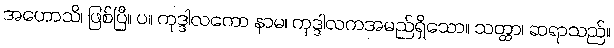
အဟောသိ၊ ဖြစ်ပြီ။ ပ။ ကုဒ္ဒါလကော နာမ၊ ကုဒ္ဒါလကအမည်ရှိသော။ သတ္ထာ၊ ဆရာသည်။